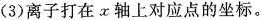
(3)离子打在x轴上对应点的坐标。